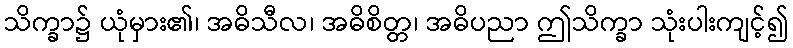
သိက္ခာ၌ ယုံမှား၏၊ အဓိသီလ၊ အဓိစိတ္တ၊ အဓိပညာ ဤသိက္ခာ သုံးပါးကျင့်၍